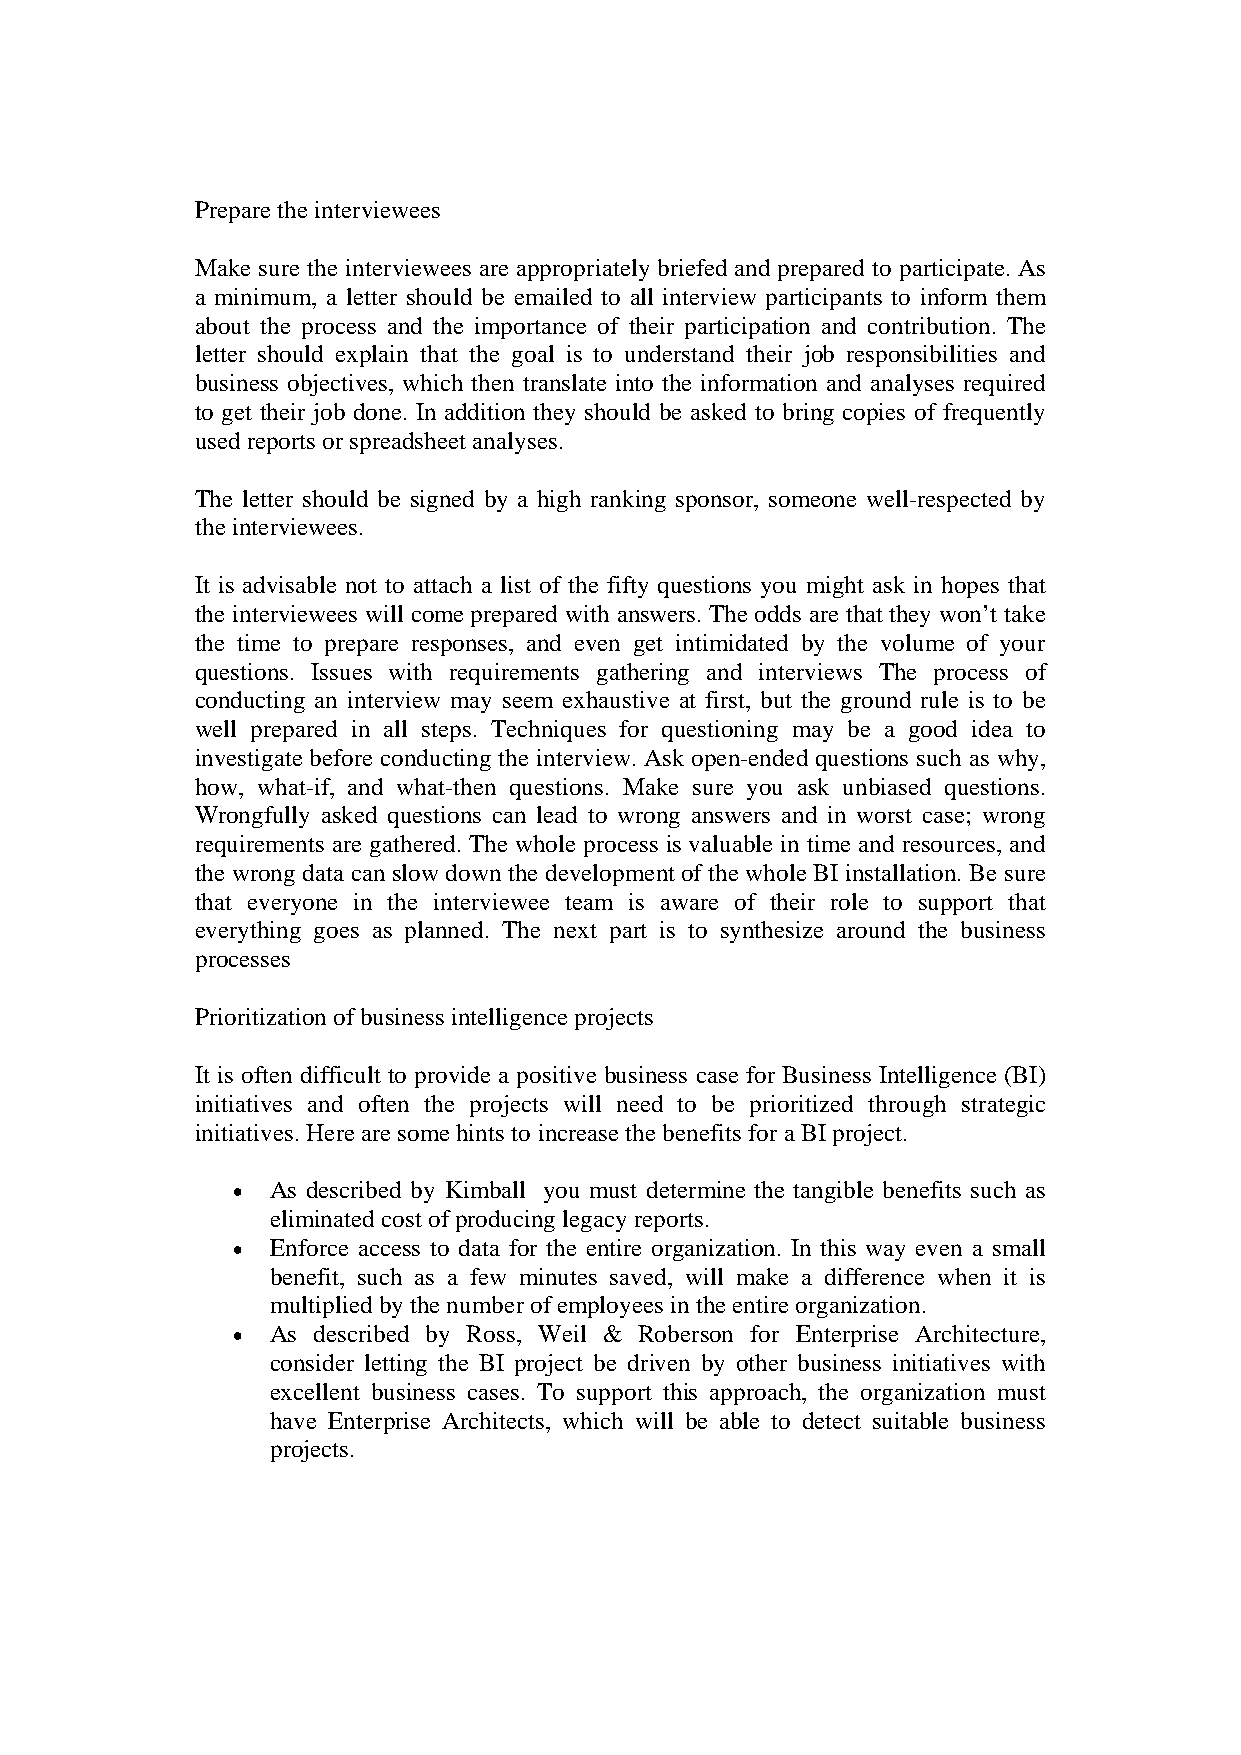
Prepare the interviewees
 Make sure the interviewees are appropriately briefed and prepared to participate. As
 a minimum, a letter should be emailed to all interview participants to inform them
 about the process and the importance of their participation and contribution. The
 letter should explain that the goal is to understand their job responsibilities and
 business objectives, which then translate into the information and analyses required
 to get their job done. In addition they should be asked to bring copies of frequently
 used reports or spreadsheet analyses.
 The letter should be signed by a high ranking sponsor, someone well-respected by
 the interviewees.
 It is advisable not to attach a list of the fifty questions you might ask in hopes that
 the interviewees will come prepared with answers. The odds are that they won’t take
 the time to prepare responses, and even get intimidated by the volume of your
 questions. Issues with requirements gathering and interviews The process of
 conducting an interview may seem exhaustive at first, but the ground rule is to be
 well prepared in all steps. Techniques for questioning may be a good idea to
 investigate before conducting the interview. Ask open-ended questions such as why,
 how, what-if, and what-then questions. Make sure you ask unbiased questions.
 Wrongfully asked questions can lead to wrong answers and in worst case; wrong
 requirements are gathered. The whole process is valuable in time and resources, and
 the wrong data can slow down the development of the whole BI installation. Be sure
 that everyone in the interviewee team is aware of their role to support that
 everything goes as planned. The next part is to synthesize around the business
 processes
 Prioritization of business intelligence projects
 It is often difficult to provide a positive business case for Business Intelligence (BI)
 initiatives and often the projects will need to be prioritized through strategic
 initiatives. Here are some hints to increase the benefits for a BI project.
 •  As described by Kimball you must determine the tangible benefits such as
 eliminated cost of producing legacy reports.
 •  Enforce access to data for the entire organization. In this way even a small
 benefit, such as a few minutes saved, will make a difference when it is
 multiplied by the number of employees in the entire organization.
 •  As described by Ross, Weil & Roberson for Enterprise Architecture,
 consider letting the BI project be driven by other business initiatives with
 excellent business cases. To support this approach, the organization must
 have Enterprise Architects, which will be able to detect suitable business
 projects.